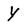
Character: Y